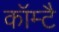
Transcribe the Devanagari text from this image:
कॉम्टै